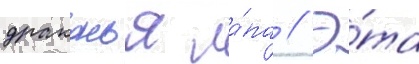
драконья ла́па // Э́та